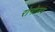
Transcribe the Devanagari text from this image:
रोनोजय